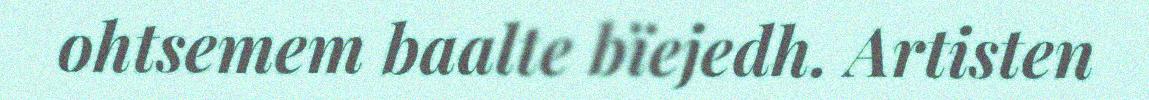
ohtsemem baalte bïejedh. Artisten